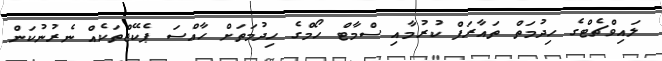
ލައިވްޗެޓްގެ ހިދުމަތް ތައާރަފް ކުރުމާއި ސްމާޓް ހޯމްގެ ހިދުމަތަށް ހާއްސަ ޕެކޭޖްތަކެއް ނެރުނުކަން